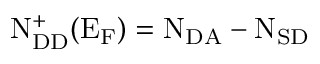
\mathrm { N _ { D D } ^ { + } ( E _ { F } ) = N _ { D A } - N _ { S D } }